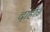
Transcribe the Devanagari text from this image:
दाहोड